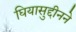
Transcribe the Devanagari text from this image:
घियासुद्दीनने